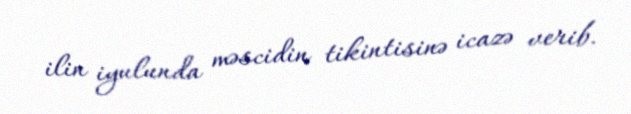
ilin iyulunda məscidin tikintisinə icazə verib.